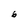
Character: 6